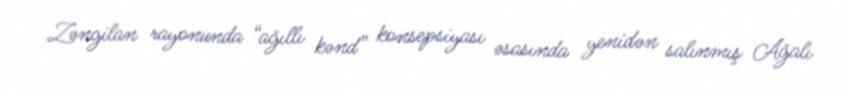
Zəngilan rayonunda “ağıllı kənd” konsepsiyası əsasında yenidən salınmış Ağalı